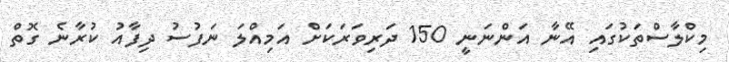
މިކްލާސްތަކުގައި އޭނާ އަންނަނީ 150 ދަރިވަރަކަށް އަމިއްލަ ނަފުސު ދިފާއު ކުރާނެ ގޮތް